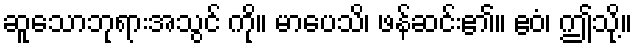
ဆူသောဘုရားအသွင် ကို။ မာပေသိ၊ ဖန်ဆင်း၏။ ဧဝံ၊ ဤသို့။